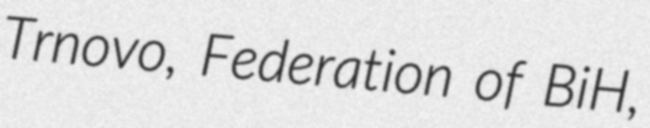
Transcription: Trnovo, Federation of BiH,